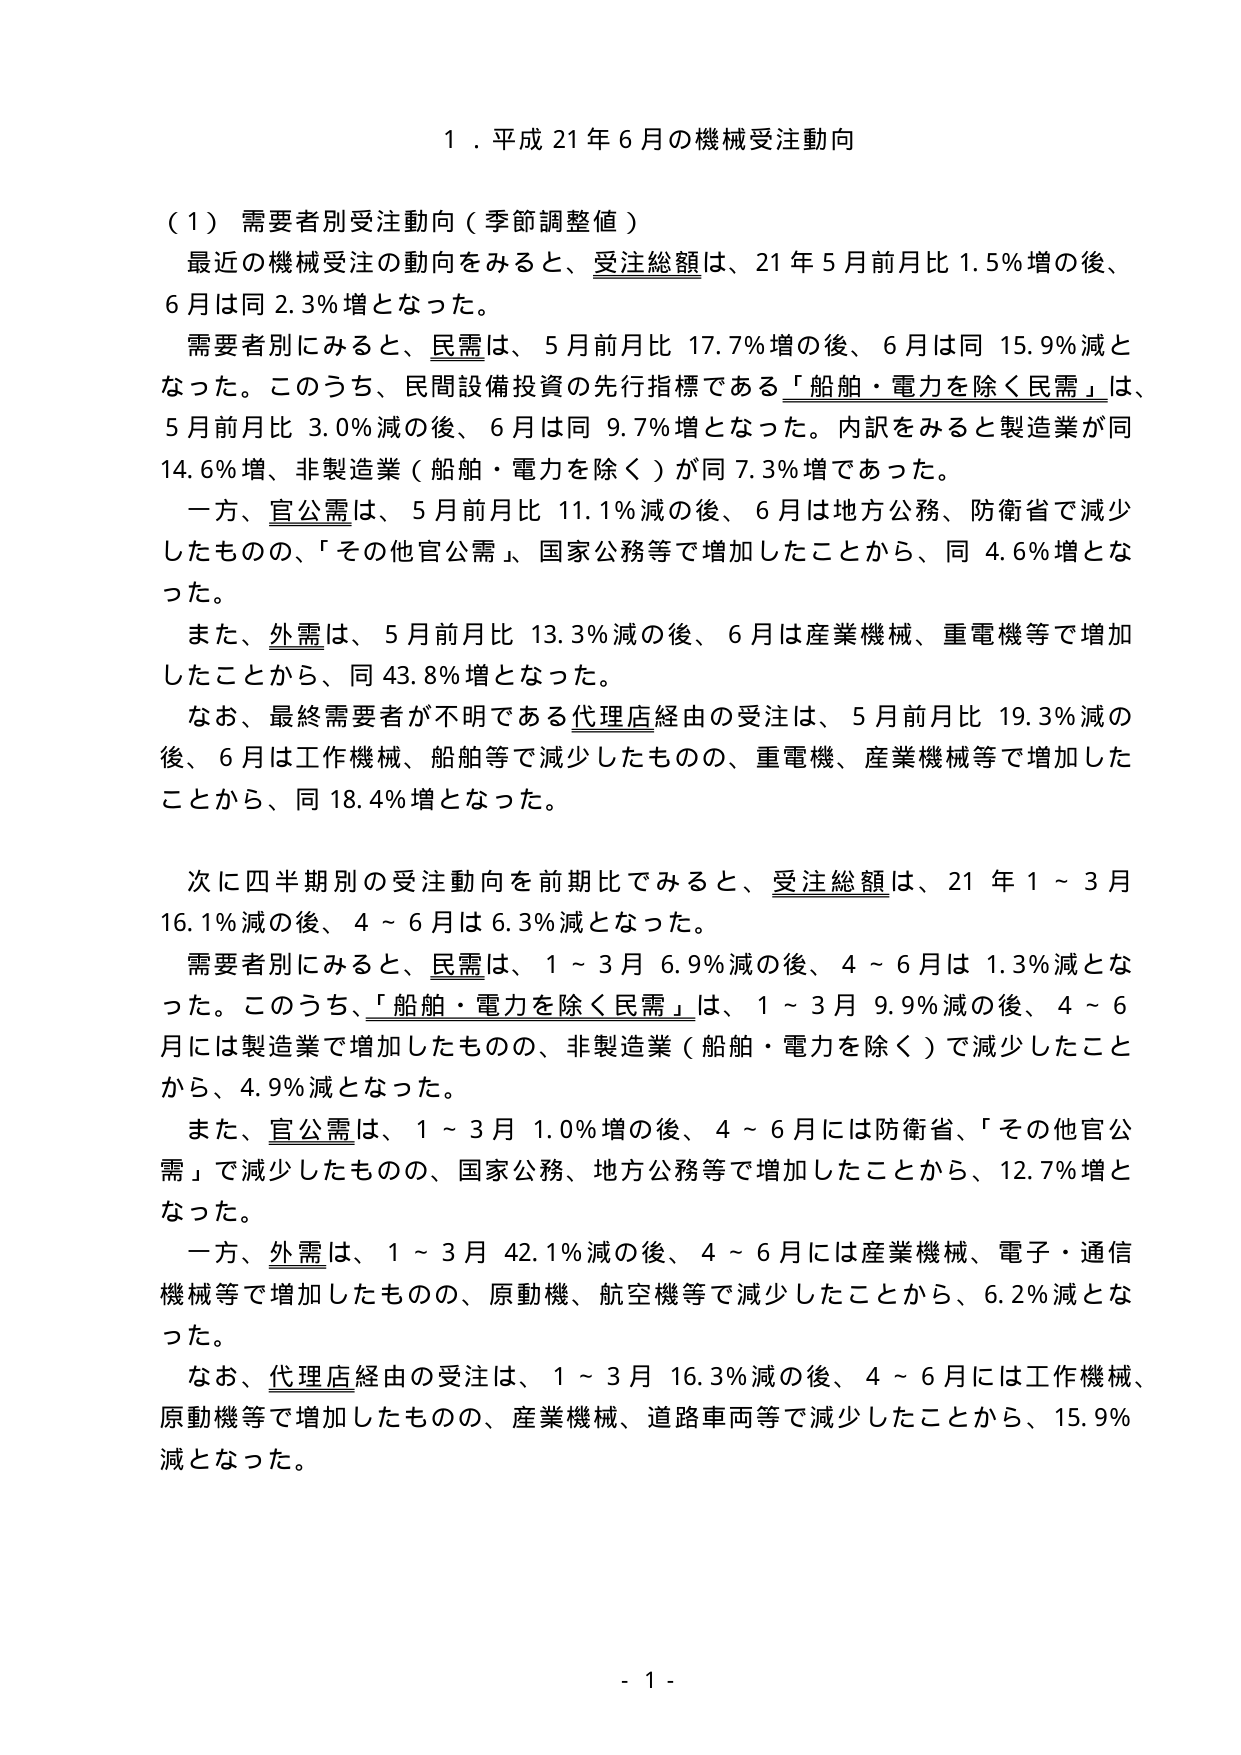
１．平成21年6月の機械受注動向

（１）需要者別受注動向（季節調整値）
最近の機械受注の動向をみると、受注総額は、21年5月前月比1.5％増の後、6月は同2.3％増となった。
需要者別にみると、民需は、5月前月比17.7％増の後、6月は同15.9％減となった。このうち、民間設備投資の先行指標である「船舶・電力を除く民需」は、5月前月比3.0％減の後、6月は同9.7％増となった。内訳をみると製造業が同14.6％増、非製造業（船舶・電力を除く）が同7.3％増であった。
一方、官公需は、5月前月比11.1％減の後、6月は地方公務、防衛省で減少したものの、「その他官公需」、国家公務等で増加したことから、同4.6％増となった。
また、外需は、5月前月比13.3％減の後、6月は産業機械、重電機等で増加したことから、同43.8％増となった。
なお、最終需要者が不明である代理店経由の受注は、5月前月比19.3％減の後、6月は工作機械、船舶等で減少したものの、重電機、産業機械等で増加したことから、同18.4％増となった。

次に四半期別の受注動向を前期比でみると、受注総額は、21年1～3月16.1％減の後、4～6月は6.3％減となった。
需要者別にみると、民需は、1～3月6.9％減の後、4～6月は1.3％減となった。このうち、「船舶・電力を除く民需」は、1～3月9.9％減の後、4～6月には製造業で増加したものの、非製造業（船舶・電力を除く）で減少したことから、4.9％減となった。
また、官公需は、1～3月1.0％増の後、4～6月には防衛省、「その他官公需」で減少したものの、国家公務、地方公務等で増加したことから、12.7％増となった。
一方、外需は、1～3月42.1％減の後、4～6月には産業機械、電子・通信機械等で増加したものの、原動機、航空機等で減少したことから、6.2％減となった。
なお、代理店経由の受注は、1～3月16.3％減の後、4～6月には工作機械、原動機等で増加したものの、産業機械、道路車両等で減少したことから、15.9％減となった。

- 1 -